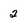
Character: 2